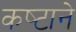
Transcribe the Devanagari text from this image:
कष्‍टाने